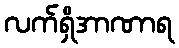
လက်ရှိအာဏာရ